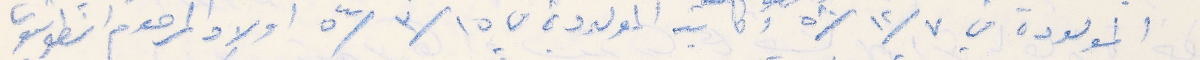
المولودة في ٧/ ١٢/ ٥٨ وكاتيا المولودة في ١٥/ ٣/ ٥٤ اولاد المرحوم انطونيوس